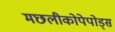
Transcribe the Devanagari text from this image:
मछलीकोपेपोड्स